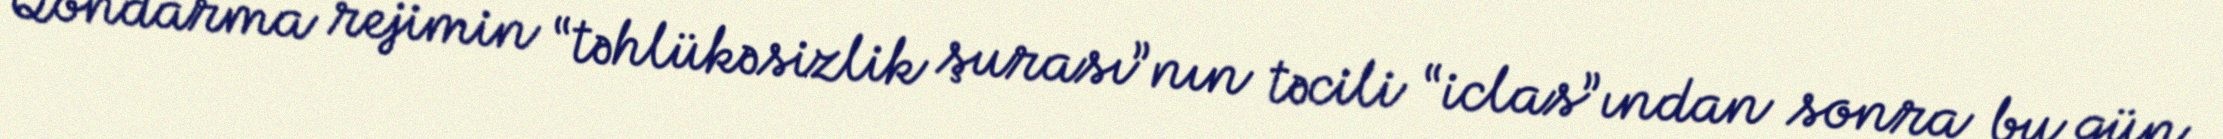
Qondarma rejimin “təhlükəsizlik şurası”nın təcili “iclas”ından sonra bu gün